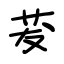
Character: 茇